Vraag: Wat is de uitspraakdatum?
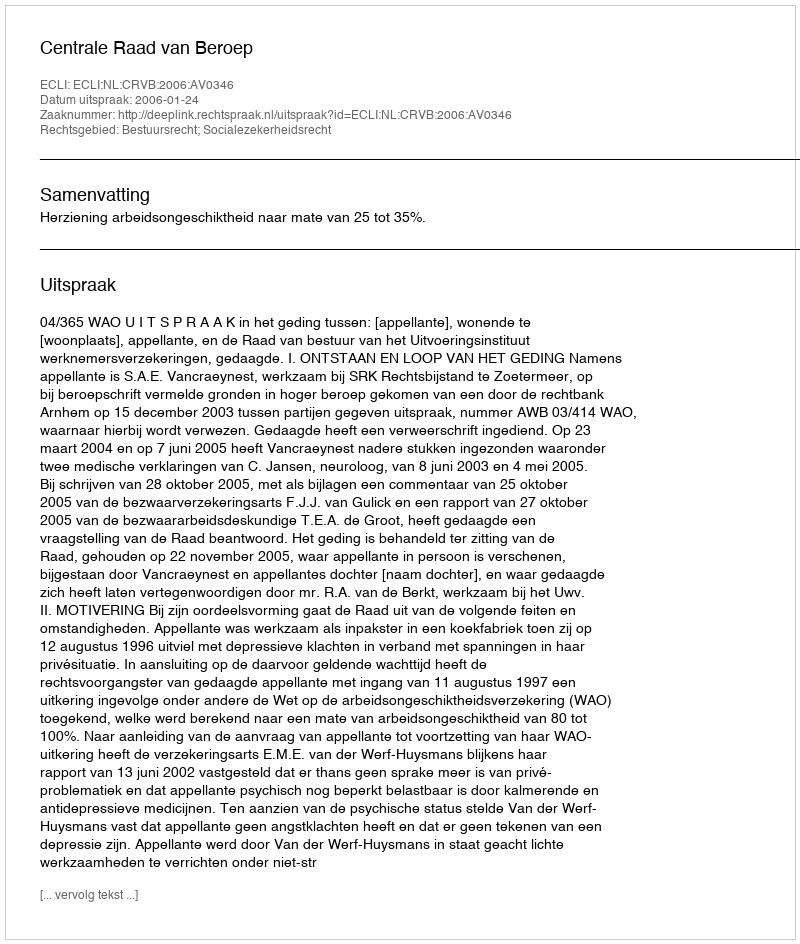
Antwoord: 2006-01-24